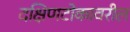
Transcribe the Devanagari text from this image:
दक्षिणटोकावरील